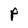
Character: P